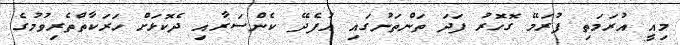
މިއީ އުރަމަތި ފުރަމޭ ގޮހޮރު ފަދަ ތަންތަނުގައި އުފެދޭ ކެންސަރާއި ދެކޮޅަށް ހަރަކާތްތެރިވުމުގެ